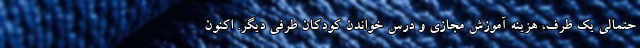
حتمالی یک طرف، هزینه آموزش مجازی و درس خواندن کودکان طرفی دیگر. اکنون